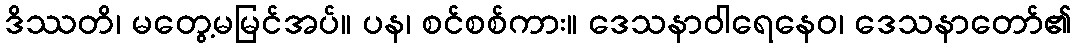
ဒိဿတိ၊ မတွေ့မမြင်အပ်။ ပန၊ စင်စစ်ကား။ ဒေသနာဝါရေနေဝ၊ ဒေသနာတော်၏